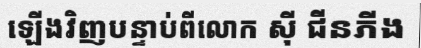
ឡើងវិញបន្ទាប់ពីលោក ស៊ី ជីនភីង